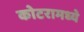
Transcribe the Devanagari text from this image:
कोटरामध्ये